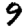
Digit: 9